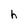
Character: h